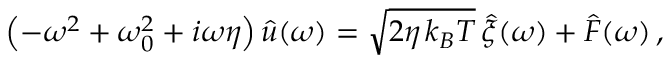
\left( - \omega ^ { 2 } + \omega _ { 0 } ^ { 2 } + i \omega \eta \right) \hat { u } ( \omega ) = \sqrt { 2 \eta \, k _ { B } T } \, \hat { \xi } ( \omega ) + \hat { F } ( \omega ) \, ,